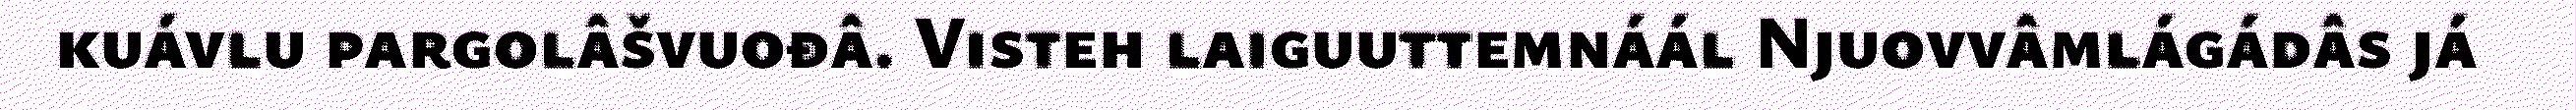
kuávlu pargolâšvuođâ. Visteh laiguuttemnáál Njuovvâmlágádâs já